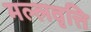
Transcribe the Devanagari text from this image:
मल्लवृत्ति